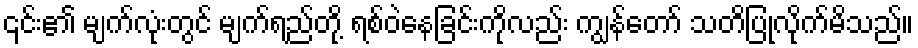
၎င်း၏ မျက်လုံးတွင် မျက်ရည်တို့ ရစ်ဝဲနေခြင်းကိုလည်း ကျွန်တော် သတိပြုလိုက်မိသည်။